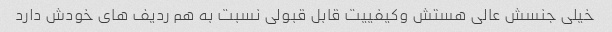
خیلی جنسش عالی هستش وکیفییت قابل قبولی نسبت به هم ردیف های خودش دارد